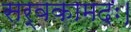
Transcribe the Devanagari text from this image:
सर्वकामदः।